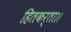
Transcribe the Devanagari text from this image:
हितकर्ता।।